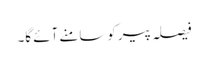
فیصلہ پیر کوسامنے آئے گا۔